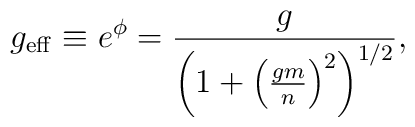
g_{\rm eff} \equiv e^\phi =  \frac{g}{\left(1 + \left(\frac{g m}{n}\right)^2 \right)^{1/2}},